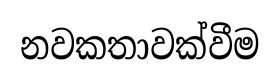
නවකතාවක්වීම